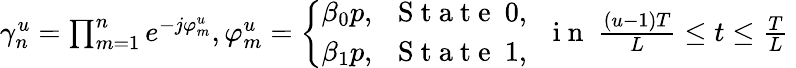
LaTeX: \begin{array}{r}{\gamma_{n}^{u}=\prod_{m=1}^{n}e^{-j\varphi_{m}^{u}},\varphi_{m}^{u}=\left\{ \begin{array}{l}{\beta_{0}p,\ \ \mathrm{~S~t~a~t~e~}\ 0,}\\ {\beta_{1}p,\ \ \mathrm{~S~t~a~t~e~}\ 1,\ }\end{array}\right.\ \mathrm{~i~n~}\ \frac{(u-1)T}{L}\leq t\leq\frac{T}{L}\ }\end{array}